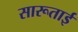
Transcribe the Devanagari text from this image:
सारूताई